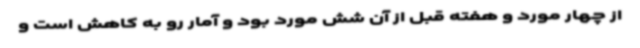
از چهار مورد و هفته قبل از آن شش مورد بود و آمار رو به کاهش است و